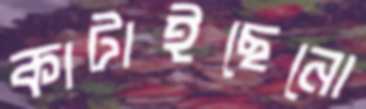
কাটাইছেনো